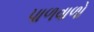
પાળવાળો